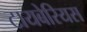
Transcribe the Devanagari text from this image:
टायबेरियस